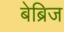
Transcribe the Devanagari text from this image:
बेब्रिज